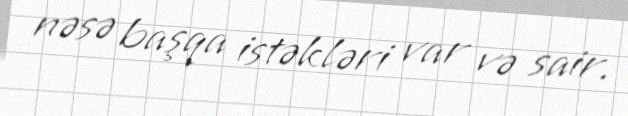
nəsə başqa istəkləri var və sair.